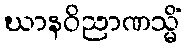
ဃာနဝိညာဏသ္မိံ